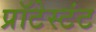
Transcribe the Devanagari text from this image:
प्रॉटेस्टंट